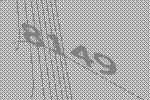
8149